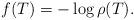
LaTeX: \begin{align*}f(T) = - \log \rho(T).\end{align*}